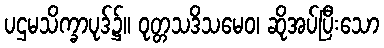
ပဌမသိက္ခာပုဒ်၌။ ဝုတ္တသဒိသမေဝ၊ ဆိုအပ်ပြီးသော